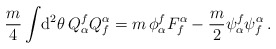
\begin{align*}\frac{m}{4}\int\! {\rm d}^2\theta\, Q_\alpha^f Q^\alpha_f=m \,\phi_\alpha^f F^\alpha_f -\frac{m}{2} \psi_\alpha^f\psi^\alpha_f\,.\end{align*}